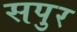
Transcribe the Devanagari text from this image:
सपुर